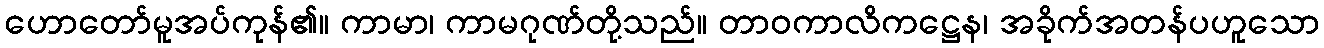
ဟောတော်မူအပ်ကုန်၏။ ကာမာ၊ ကာမဂုဏ်တို့သည်။ တာဝကာလိကဋ္ဌေန၊ အခိုက်အတန်ပဟူသော